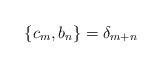
\begin{align*}\lbrace c_m, b_n \rbrace = {\delta}_{m+n}\end{align*}